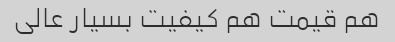
هم قیمت هم کیفیت بسیار عالی